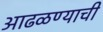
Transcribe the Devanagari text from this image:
आढळण्याची